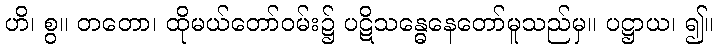
ဟိ၊ စွ။ တတော၊ ထိုမယ်တော်ဝမ်း၌ ပဋိသန္ဓေနေတော်မူသည်မှ။ ပဋ္ဌာယ၊ ၍။